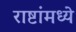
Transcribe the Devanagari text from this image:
राष्टांमध्ये